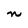
Character: n